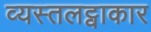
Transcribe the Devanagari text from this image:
व्यस्तलट्वाकार